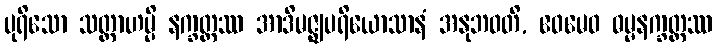
ပုရိသော သတ္တာဟမ္ပိ နက္ခတ္တဿ အာဒိမဇ္ဈပရိယောသာနံ အနုဘဝတိ, ဧဝမေဝ ဓမ္မနက္ခတ္တဿ